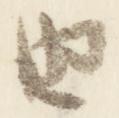
由